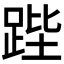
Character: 𮛚